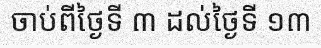
ចាប់ពីថ្ងៃទី ៣ ដល់ថ្ងៃទី ១៣